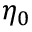
\eta _ { 0 }